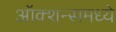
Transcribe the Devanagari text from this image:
ऑक्शन्समध्ये